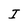
Character: I